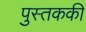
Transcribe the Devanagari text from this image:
पुस्तककी